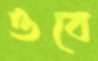
ওবে